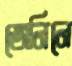
জেনিনে